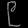
Digit: ၉